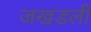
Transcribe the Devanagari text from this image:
जखडली